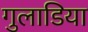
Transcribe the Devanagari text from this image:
गुलाडिया